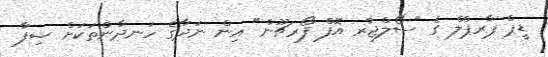
ޑީޕް ޕާރޕްލް ގެ "ސޯލްޖާރ އޮފް ފޯރޗޫން" އިން ނަދާގެ ހަނދާންތަކަށް ޝިފާ